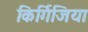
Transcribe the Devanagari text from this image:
किर्गिजिया